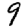
Digit: 9